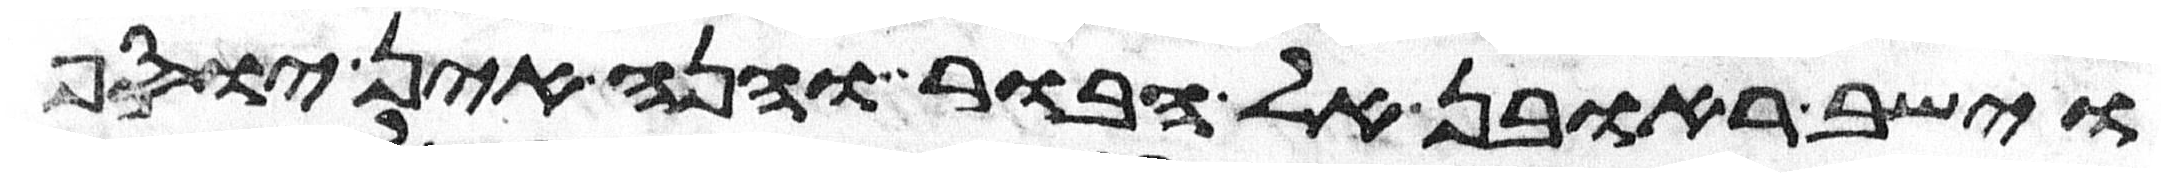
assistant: וישב ראובן אל הבור והנה אין יוסף